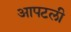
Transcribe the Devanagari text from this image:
आपटली